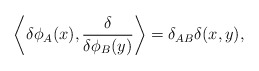
\begin{align*}\left\langle\delta\phi_A(x),{{\delta}\over{\delta\phi_B(y)}}\right\rangle=\delta_{AB}\delta(x,y),\end{align*}